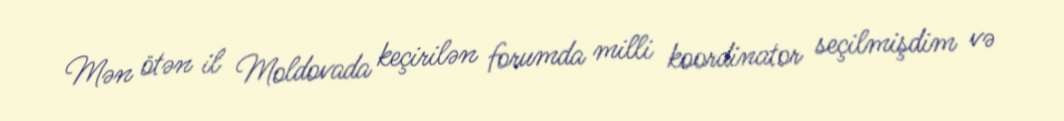
Mən ötən il Moldovada keçirilən forumda milli koordinator seçilmişdim və